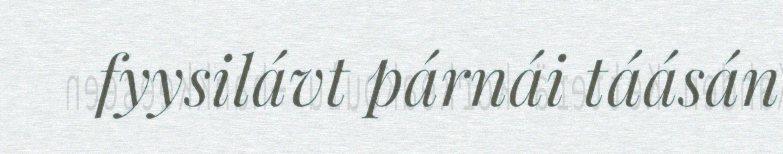
fyysilávt párnái táásán